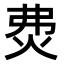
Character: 𤇝